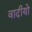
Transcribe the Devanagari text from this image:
वादीयो